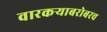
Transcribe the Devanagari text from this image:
वारकऱ्याबरोबरच